Vaccination United Provinces of Agra and Oudh 1902-1913 - 1902-1913
Year: 1902
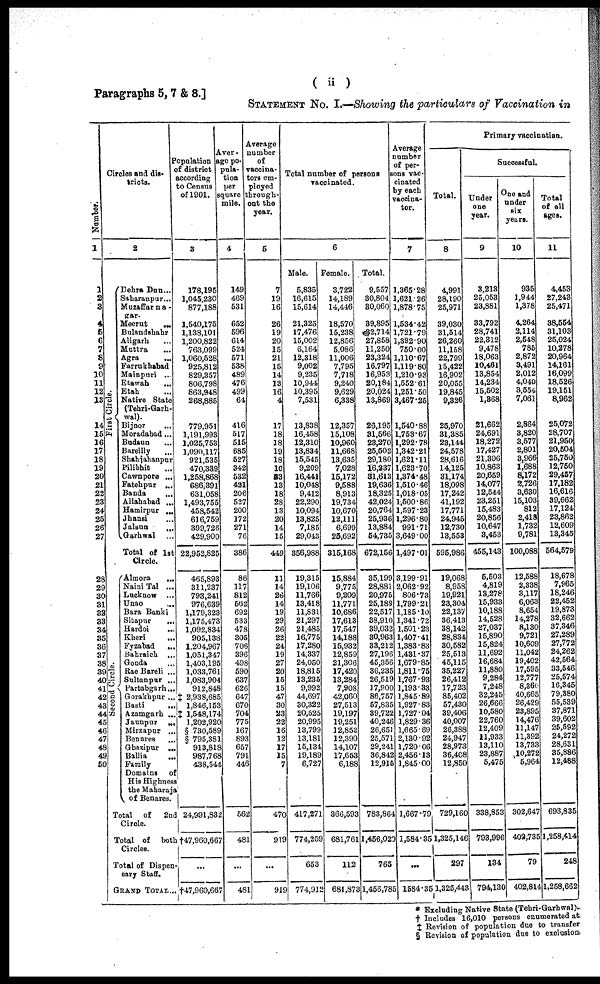
( ii )
Paragraphs 5,7 & 8.]
STATEMENT No. I.—Showing the particulars of Vaccination in
Number
1
1
2
3
4
5
6
7
8
9
10
11
12
13
14
15
16
17
18
19
20 21
22
23
24
25
26
27
28
29
30
31
32
33
34
35
36
37
38
39
40
41
42
43
44
45
46
47
48
49
50
Circles and dis-
tricts.
2
First Circle.
Second Circle.
Dehra Dun ...
Saharanpur ...
Muzaffarna¬
gar.
Meerut
...
Bulandshahr ...
Aligarh ...
Muttra ...
Agra ...
Farrukhabad ...
Mainpuri ...
Etawah
...
Etah ...
Native State
(Tehri-Garh¬
wal).
Bijnor
...
Moradabad ...
Badaun ...
Bareilly ...
Shahjahanpur
Pilibhit ...
Cawnpore ...
Fatehpur ...
Banda
...
Allahabad ...
Hamirpur ...
Jhansi ...
Jalaun
...
Garhwal ...
Total of 1st
Circle.
Almora
...
Naini Tal ...
Lucknow ...
Unao
...
Bara Banki
Sitapur
...
Hardoi
...
Kheri
...
Fyzabad
...
Bahraich ...
Gonda ...
Rae Bareli ...
Sultanpur ...
Partabgarh ...
Gorakhpur ...
Basti
...
Azamgarh ...
Jaunpur
...
Mirzapur ...
Benares
...
Ghazipur ...
Ballia ...
Family
Domains of
His Highness
the Maharaja
of Benares.
Total of
2nd
Circle.
Total of both
Circles.
Total of Dispen-
sary Staff.
GRAND TOTAL ...
Population
of district
according
to Census
of 1901.
3
178,195
1,045,230
877,188
1,540,175
1,138,101
1,200,822
763,099
1,060,528
925,812
829,357
806,798
863,948
268,885
779,951
1,191,993
1,025,753
1,090,117
921,535
470,339
1,258,868
686,391
631,058
1,493,755
458,542
616,759
399,726
429,900
22,952,825
465,893
311,237
793,241
976,639
1,179,323
1,175,473
1,092,834
905,138
1,204,967
1,051,347
1,403,195
1,033,761
1,083,904
912,848
‡ 2,938,685
1,846,153
‡ 1,548,174
1,202,920
§ 730,589
§ 795,381
913,818
987,768
438,544
24,991,832
‡47,960,667
...
‡47,960,667
Aver¬
age po¬
pula¬
tion
per
square
mile.
4
149
469
531
652
596
614
524
571
538
489
476
499
64
416
517
515
685
527
342
532
421
206
527
200
172
271
76
386
86
117
812
562
692
533
478
305
706
396
498
590
637
626
647
670
704
775
167
893
657
791
446
562
481
...
481
Average
number
of
vaccina¬
tors em-
ployed
through¬
out the
year.
5
7
19
16
26
19
20
15
21
15
14
13
16
4
17
18
18
19
18
10
23
13
18
28
13
20
14
15
449
11
14
26
14
19
29
26
22
24
19
27
20
15
15
47
30
23
22
16
12
17
15
7
470
919
...
919
Total number of persons
vaccinated.
6
Male.
5,835
16,615
15,614
21,325
17,476
15,002
6,164
12,318
9,002
9,235
10,944
10,395
7,531
13,838
16,458
12,310
13,834
15,545
9,209
16,441
10,048
9,412
22,290
10,094
13,825
7,185
29,043
356,988
19,315
19,106
11,766
13,418
11,831
21,297
21,485
16,775
17,280
14,337
24,050
18,815
13,235
9,992
44,697
30,322
20,525
20,995
13,799
13,181
15,134
19,189
6,727
417,271
774,259
653
774,912
Female.
3,722
14,189
14,446
18,570
15,238
12,856
5,086
11,006
7,795
7,718
9,240
9,629
6,338
12,357
15,108
10,960
11,668
13,635
7,028
15,172
9,588
8,913
19,734
10,670
12,111
6,699
25,692
315,168
15,884
9,775
9,209
11,771
10,686
17,613
17,547
14,188
15,932
12,859
21,306
17,420
13,284
7,908
42,060
27,513
19,197
19,251
12,852
12,390
14,107
17,653
6,188
366,593
681,761
112
681,873
Total.
9,557
30,804
30,060
39,895
32,714
27,858
11,250
23,324
16,797
16,953
20,184
20,024
13,869
26,195
31,566
23,270
25,502
29,180
16,237
31,613
19,636
18,325
42,024
20,764
25,936
13,884
54,735
672,156
35,199
28,881
20,975
25,189
22,517
38,910
39,032
30,963
33,212
27,196
45,356
36,235
26,519
17,900
86,757
57,835
39,722
40,246
26,651
25,571
29,241
36,842
12,915
783,864
1,456,020
765
1,456,785
Average
number
of per¬
sons vac-
cinated
by each
vaccina¬
tor.
7
1,365.28
1,621.26
1,878.75
1,534.42
1,721.79
1,392.90
750.00
1,110.67
1,119.80
1,210.93
1,552.61
1,251.50
3,467.25
1,540.88
1,753.67
1,292.78
1,342.21
1,621.11
1,623.70
1,374.48
1,510.46
1,018.05
1,500.86
1,597.23
1,296.80
991.71
3,649.00
1,497.01
3,199.91
2,062.92
806.73
1,799.21
1,185.10
1,341.72
1,501.23
1,407.41
1,383.83
1,431.37
1,679.85
1,811.75
1,767.93
1,193.33
1,845.89
1,927.83
1,727.04
1,829.36
1,665.69
2,130.92
1,720.06
2,456.13
1,845.00
1,667.79
1,584.35
...
1584.35
Primary vaccination.
Total.
8
4,991
28,190
25,971
39,030
31,514
26,260
11,158
22,799
15,422
16,902
20,055
19,845
9,326
25,970
31,385
23,144
24,578
28,616
14,125
31,174
18,098
17,242
41,192
17,771
24,945
12,730
13,553
595,986
19,068
8,958
19,921
23,304
22,137
36,413
38,142
28,834
30,582
25,513
45,115
35,227
26,412
17,723
85,402
57,430
39,406
40,007
26,388
24,947
28,973
36,408
12,850
729,160
1,325,146
297
1,325,443
Successful.
Under
one
year.
9
3,213
25,053
23,881
33,792
28,741
22,312
9,478
18,063
10,461
13,854
14,234
15,502
1,368
21,662
24,691
18,272
17,427
21,306
10,863
20,659
14,077
12,544
23,251
15,483
20,856
10,647
3,453
455,143
5,503
4,819
13,278
15,933
10,188
14,528
27,037
15,890
15,824
11,692
16,684
11,880
9,284
7,248
32,245
26,666
10,580
22,760
12,409
11,933
13,110
23,887
5,475
338,853
793,996
134
794,130
One and
under
six
years.
10
935
1,944
1,378
4,264
2,114
2,548
785
2,872
3,491
2,012
4,040
3,554
7,061
2,864
3,820
3,577
2,801
3,966
1,688
8,172
2,726
3,630
15,103
812
2,418
1,732
9,781
100,088
12,588
2,338
3,117
6,063
8,654
14,278
8,130
9,721
10,609
11,042
19,402
17,595
12,777
8,360
40,665
26,429
23,895
14,476
11,147
11,392
13,733
10,272
5,964
302,647
402,735
79
402,814
Total
of all
ages.
11
4,453
27,243
25,471
38,554
31,103
25,024
10,278
20,964
14,161
16,099
18,526
19,151
8,962
25,072
28,707
21,950
20,504
25,750
12,750
29,457
17,182
16,616
39,662
17,124
23,862
12,609
13,345
564,579
18,678
7,965
18,246
22,452
19,873
32,662
37,346
27,289
27,772
24,262
42,564
33,546
25,574
16,345
79,380
55,539
37,871
39,602
25,592
24,272
28,631
35,886
12,488
693,835
1,258,414
248
1,258,662
* Excluding Native State (Tehri-Garhwal).
† Includes 16,010 persons enumerated at
‡ Revision of population due to transfer
§ Revision of population due to exclusion